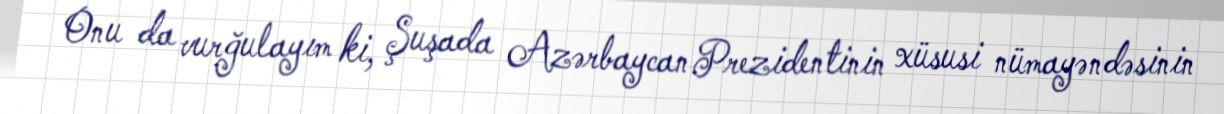
Onu da vurğulayım ki, Şuşada Azərbaycan Prezidentinin xüsusi nümayəndəsinin